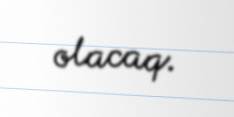
olacaq.